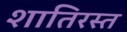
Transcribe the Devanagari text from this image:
शातिरस्त